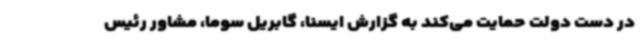
در دست دولت حمایت می‌کند به گزارش ایسنا، گابریل سوما، مشاور رئیس